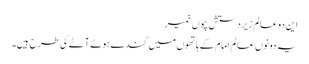
این دو عالم زیردستش چوں خمیر
یہ دونوں عالم امام کے ہاتھوں میں گندے ہوئے آٹے کی طرح ہیں۔